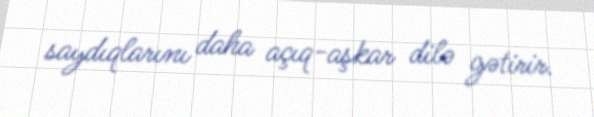
saydıqlarını daha açıq-aşkar dilə gətirir.